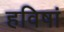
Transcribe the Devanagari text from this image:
हविषां